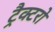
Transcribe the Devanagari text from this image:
ट्रैक्टरो